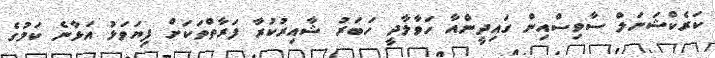
ކަރެކްޝަނަލް ސާވިސްއިން ގައިދީންއާ ހަވާލާދީ ހަބަރު ޝާއިރުކުރާ ފަރާތްތަކަށް ފިޔަވަޅު އަޅާނެ ކަމުގެ